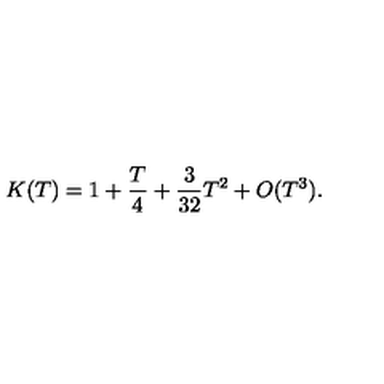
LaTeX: K ( T ) = 1 + { \frac { T } { 4 } } + { \frac { 3 } { 3 2 } } T ^ { 2 } + O ( T ^ { 3 } ) .